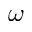
\omega